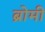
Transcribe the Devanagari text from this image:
ब्रोमी